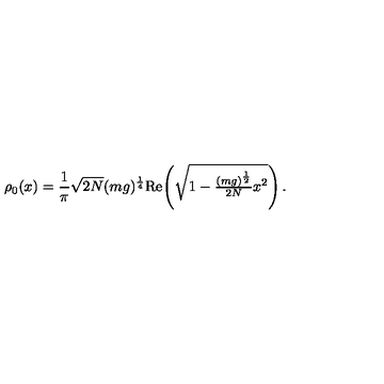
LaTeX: \rho _ { 0 } ( x ) = \frac { 1 } { \pi } \sqrt { 2 N } ( m g ) ^ { \frac { 1 } { 4 } } \mathrm { R e } \! \left( \sqrt { 1 - \textstyle { \frac { ( m g ) ^ { \frac { 1 } { 2 } } } { 2 N } } x ^ { 2 } } \right) .